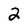
Character: 2